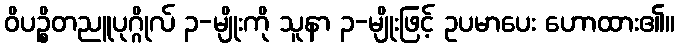
ဝိပဉ္စိတညူပုဂ္ဂိုလ် ၃-မျိုးကို သူနာ ၃-မျိုးဖြင့် ဥပမာပေး ဟောထား၏။